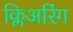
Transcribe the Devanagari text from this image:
क्लिअरिंग